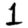
Digit: 1